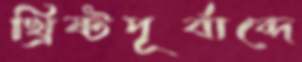
খ্রিষ্টপূর্বাব্দে